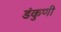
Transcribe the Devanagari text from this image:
डंकुणी